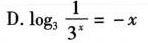
D. $$log _ { 3 } \frac { 1 } { 3 ^ { x } } = - x$$